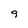
Character: 9